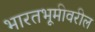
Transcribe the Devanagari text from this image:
भारतभूमीवरील